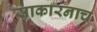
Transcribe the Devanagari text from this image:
साकारनाच